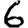
Digit: 6